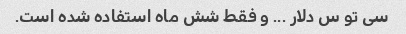
سی تو س دلار ... و فقط شش ماه استفاده شده است.